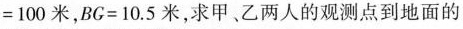
=100米，BG=10.5米，求甲、乙两人的观测点到地面的